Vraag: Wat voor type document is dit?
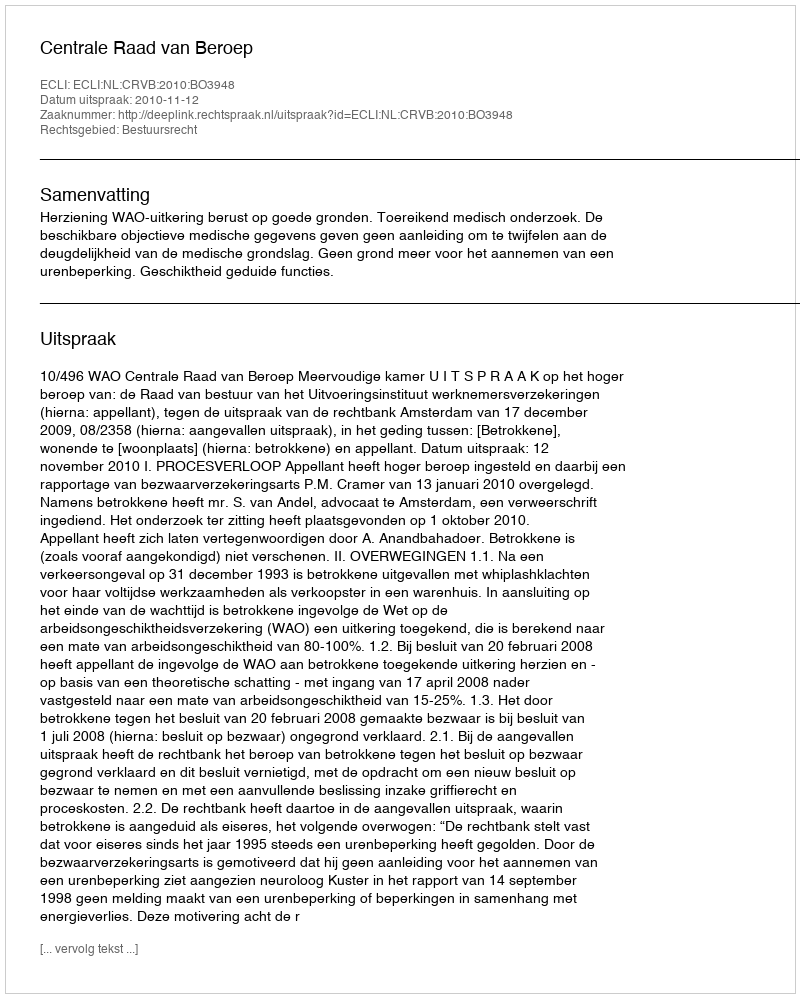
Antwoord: Uitspraak